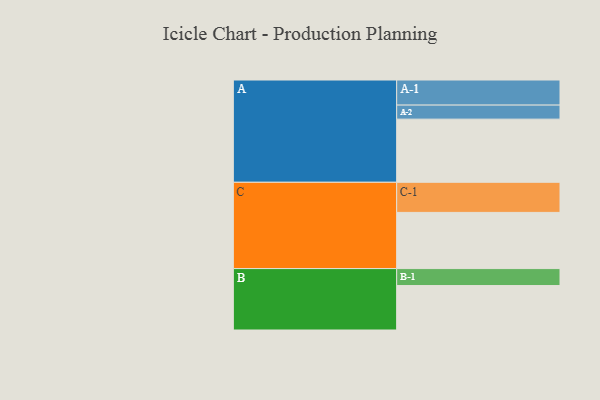
{"axis": {"x": "Segment", "y": "Value"}, "legend": ["", "A", "B", "C"], "data": [{"x": "A", "y": 581, "type": ""}, {"x": "B", "y": 409, "type": ""}, {"x": "C", "y": 517, "type": ""}, {"x": "A-1", "y": 231, "type": "A"}, {"x": "A-2", "y": 129, "type": "A"}, {"x": "B-1", "y": 156, "type": "B"}, {"x": "C-1", "y": 277, "type": "C"}]}